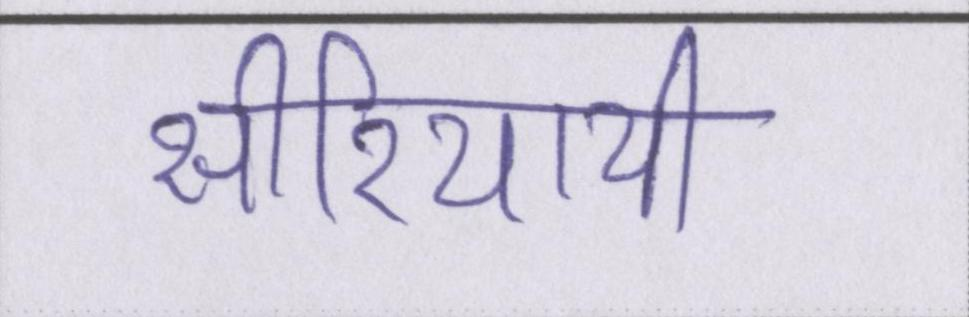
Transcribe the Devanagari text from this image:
सीरियायी